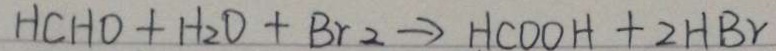
H C H O + H _ { 2 } O + B r _ { 2 } \rightarrow H C O O H + 2 H B r